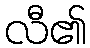
လီ၏